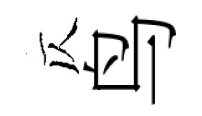
仄鸟